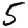
Digit: 5